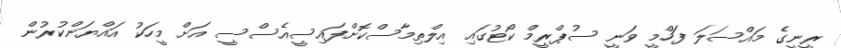
ރީނީގެ މައްސަލަ ފަހްމީ ވަނީ ސުޕްރީމް ކޯޓުގައި އިލްތިމާސްކޮށްފައިސީއެސްސީ އަށް މީހަކު އައްޔަންކުރުން